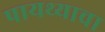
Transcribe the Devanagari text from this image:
पायथ्याचा